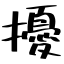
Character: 擾